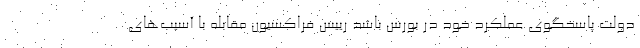
دولت پاسخگوی عملکرد خود در بورس باشد رییس فراکسیون مقابله با آسیب‌های